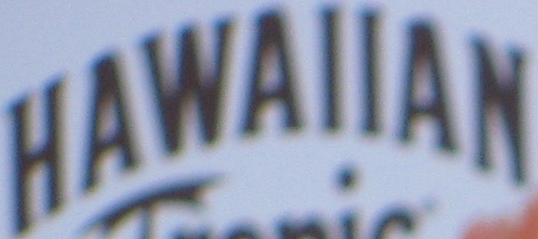
HAWAIIAN